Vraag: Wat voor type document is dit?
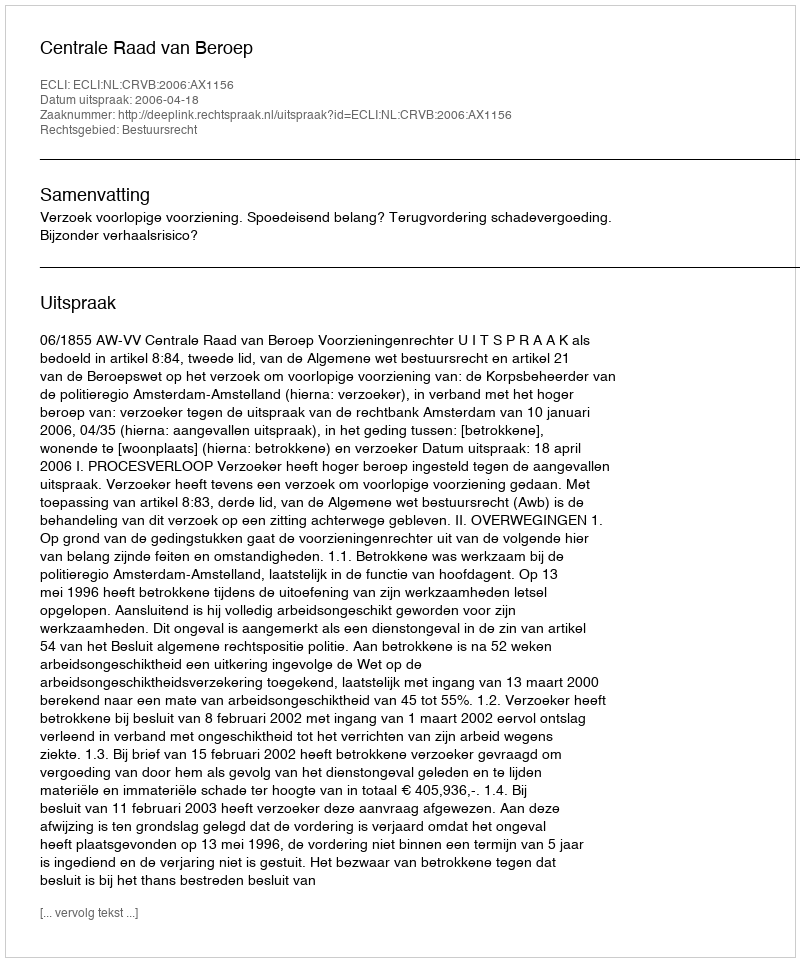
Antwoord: Uitspraak